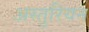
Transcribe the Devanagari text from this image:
अस्तुरियन